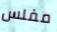
مفلس